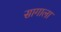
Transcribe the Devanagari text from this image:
सागाला